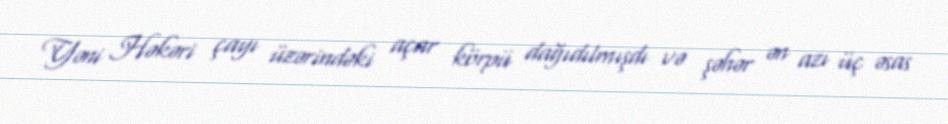
Yəni Həkəri çayı üzərindəki açar körpü dağıdılmışdı və şəhər ən azı üç əsas